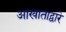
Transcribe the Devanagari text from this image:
आखाताद्वारे